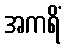
အကရိံ